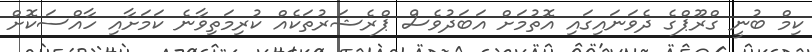
ކިމް ބުނީ ގްރޫޕްގެ ދެވަނައިގައި އޮތުމަށް އަބަދުވެސް ޕްރެޝަރުތަކެއް ކުރިމަތިވާނެ ކަމަށާއި ހާއްސަކޮށް